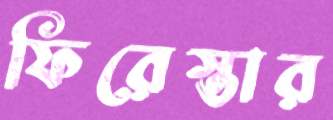
ফিরেস্তার